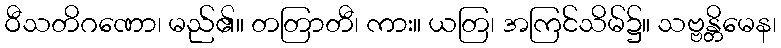
ဝီသတိဂဏော၊ မည်၏။ တတြာတီ၊ ကား။ ယတြ၊ အကြင်သိမ်၌။ သဗ္ဗန္တိမေန၊